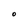
Character: O